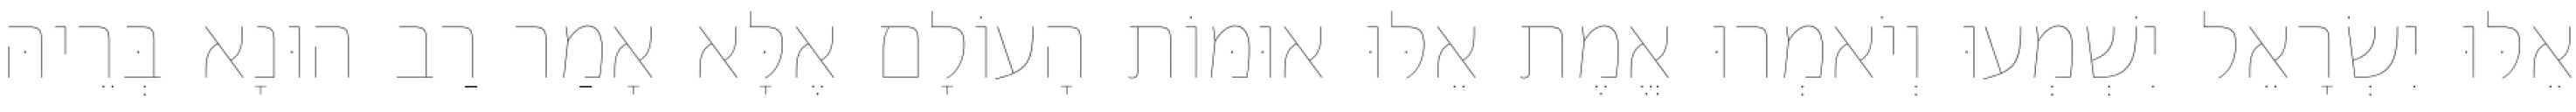
אֵלּוּ יִשְׂרָאֵל יִשְׁמְעוּ וְיֹאמְרוּ אֱמֶת אֵלּוּ אוּמּוֹת הָעוֹלָם אֶלָּא אָמַר רַב הוּנָא בְּרֵיהּ